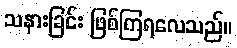
သနားခြင်း ဖြစ်ကြရလေသည်။